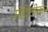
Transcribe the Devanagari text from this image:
मेदिनीकर